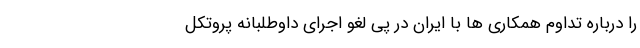
را درباره تداوم همکاری ها با ایران در پی لغو اجرای داوطلبانه پروتکل